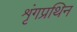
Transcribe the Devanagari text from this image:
शृंगप्रथिन